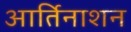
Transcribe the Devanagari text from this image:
आर्तिनाशन